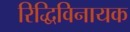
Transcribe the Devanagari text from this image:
रिद्धिविनायक